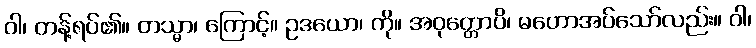
ဝါ၊ တန့်ရပ်၏။ တသ္မာ၊ ကြောင့်။ ဥဒယော၊ ကို။ အဝုတ္တောပိ၊ မဟောအပ်သော်လည်း။ ဝါ၊